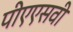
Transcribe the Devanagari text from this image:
पीएएसवी